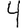
Digit: 4